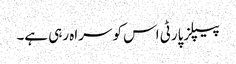
پیپلزپارٹی اس کو سراہ رہی ہے۔